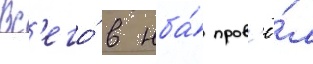
Вс'его́ в нба́ пров'ё́л